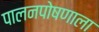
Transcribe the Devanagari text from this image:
पालनपोषणाला